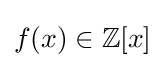
f(x)\in \mathbb {Z} [x]